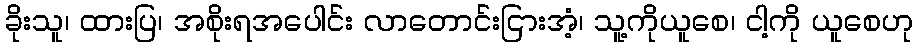
ခိုးသူ၊ ထားပြ၊ အစိုးရအပေါင်း လာတောင်းငြားအံ့၊ သူ့ကိုယူစေ၊ ငါ့ကို ယူစေဟု